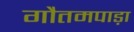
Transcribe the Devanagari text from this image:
गौतमपाड़ा